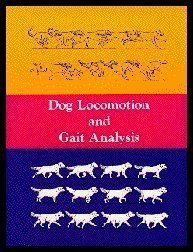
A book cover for Dog Locomotion and Gait  Analysis; Curtis M. Brown; Medical Books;